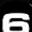
Digit: 6